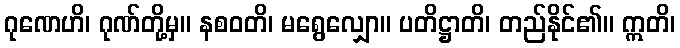
ဂုဏေဟိ၊ ဂုဏ်တို့မှ။ နစဝတိ၊ မရွေလျှော။ ပတိဋ္ဌာတိ၊ တည်နိုင်၏။ ဣတိ၊